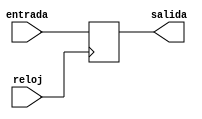
`timescale 1ns / 1ps

module registro(
	entrada,
	reloj,
	salida
	);
					

	input	[7:0] entrada;
	input reloj;
	output [7:0] salida;

	reg [7:0] salida;
	
	always @(posedge reloj)
	begin
		salida <= entrada;
	end
		
endmodule